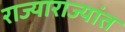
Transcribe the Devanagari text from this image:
राज्याराज्यांत